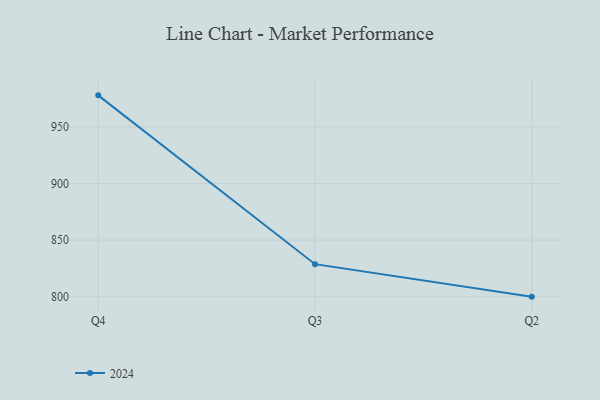
{"axis": {"x": "Quarter", "y": "Customer Acquisition Cost (USD)"}, "legend": ["2024"], "data": [{"x": "Q4", "y": 977.9, "type": "2024"}, {"x": "Q3", "y": 828.7, "type": "2024"}, {"x": "Q2", "y": 800, "type": "2024"}]}